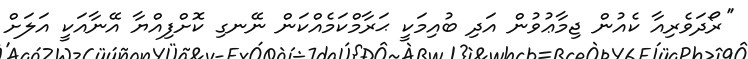
''ރޯދަވެރިއާ ކެއުން ޖިމާޢުވުން އަދި ބުއިމަކީ ޙަރާމްކަމެއްކަން ނޭނގި ކޮށްފިއްޔާ އޭނާއަކީ އަލަށް